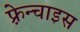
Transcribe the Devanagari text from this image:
फ़्रेन्चाइस